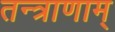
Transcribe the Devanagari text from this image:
तन्त्राणाम्